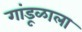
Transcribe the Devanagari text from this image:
गांडूळाला